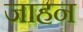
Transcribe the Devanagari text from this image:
जाहन